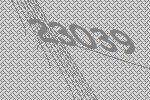
23039